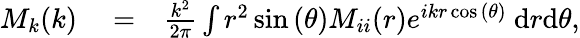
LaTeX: \begin{array}{rlr}{M_{k}(k)}&{{}=}&{\frac{k^{2}}{2\pi}\int r^{2}\sin{(\theta)}M_{ii}(r)e^{ikr\cos{(\theta)}}~\mathrm{d}r\mathrm{d}\theta,}\end{array}